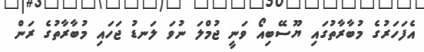
އެފަހަރުގެ މުބާރާތުގައި ޔޫސޭބިއޯ ވަނީ ޖުމްލަ ނުވަ ލަނޑު ޖަހައި މުބާރާތުގެ ރަން